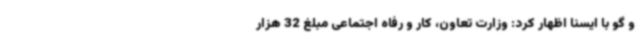
و گو با ایسنا اظهار کرد: وزارت تعاون، کار و رفاه اجتماعی مبلغ 32 هزار